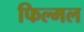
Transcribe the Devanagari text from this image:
फिल्मल